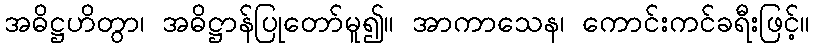
အဓိဋ္ဌဟိတွာ၊ အဓိဋ္ဌာန်ပြုတော်မူ၍။ အာကာသေန၊ ကောင်းကင်ခရီးဖြင့်။